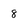
Character: 8